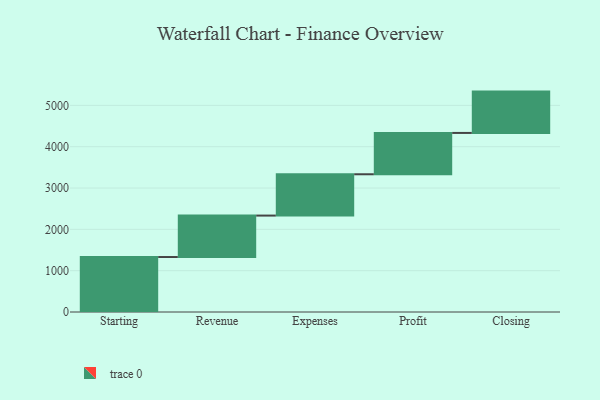
{"axis": {"x": "Step", "y": "Value"}, "legend": [""], "data": [{"x": "Starting", "y": 1330.0, "type": ""}, {"x": "Revenue", "y": 1003.0, "type": ""}, {"x": "Expenses", "y": 1000, "type": ""}, {"x": "Profit", "y": 1000, "type": ""}, {"x": "Closing", "y": 1000, "type": ""}]}